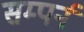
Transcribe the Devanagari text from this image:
सम्पर्न